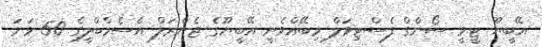
އޭބީޔޫ ޓީވީ ސޯންގް ފެސްޓިވަލް މިބޭއްވެނީ އޭބީޔޫގެ ޖެނެރަލް އެސެމްބްލީގެ 50 ވަނަ